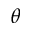
\theta